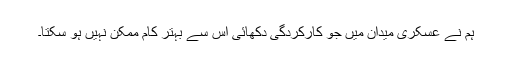
ہم نے عسکری میدان میں جو کارکردگی دکھائی اس سے بہتر کام ممکن نہیں ہو سکتا۔